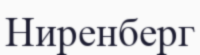
Ниренберг